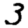
Digit: 3